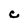
Character: C